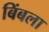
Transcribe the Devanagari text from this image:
बिंबला